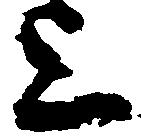
上